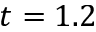
t = 1 . 2